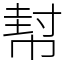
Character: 幇